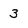
Character: 3